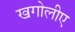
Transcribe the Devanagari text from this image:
खगोलीए